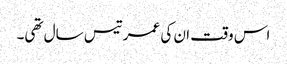
اس وقت ان کی عمر تیس سال تھی۔